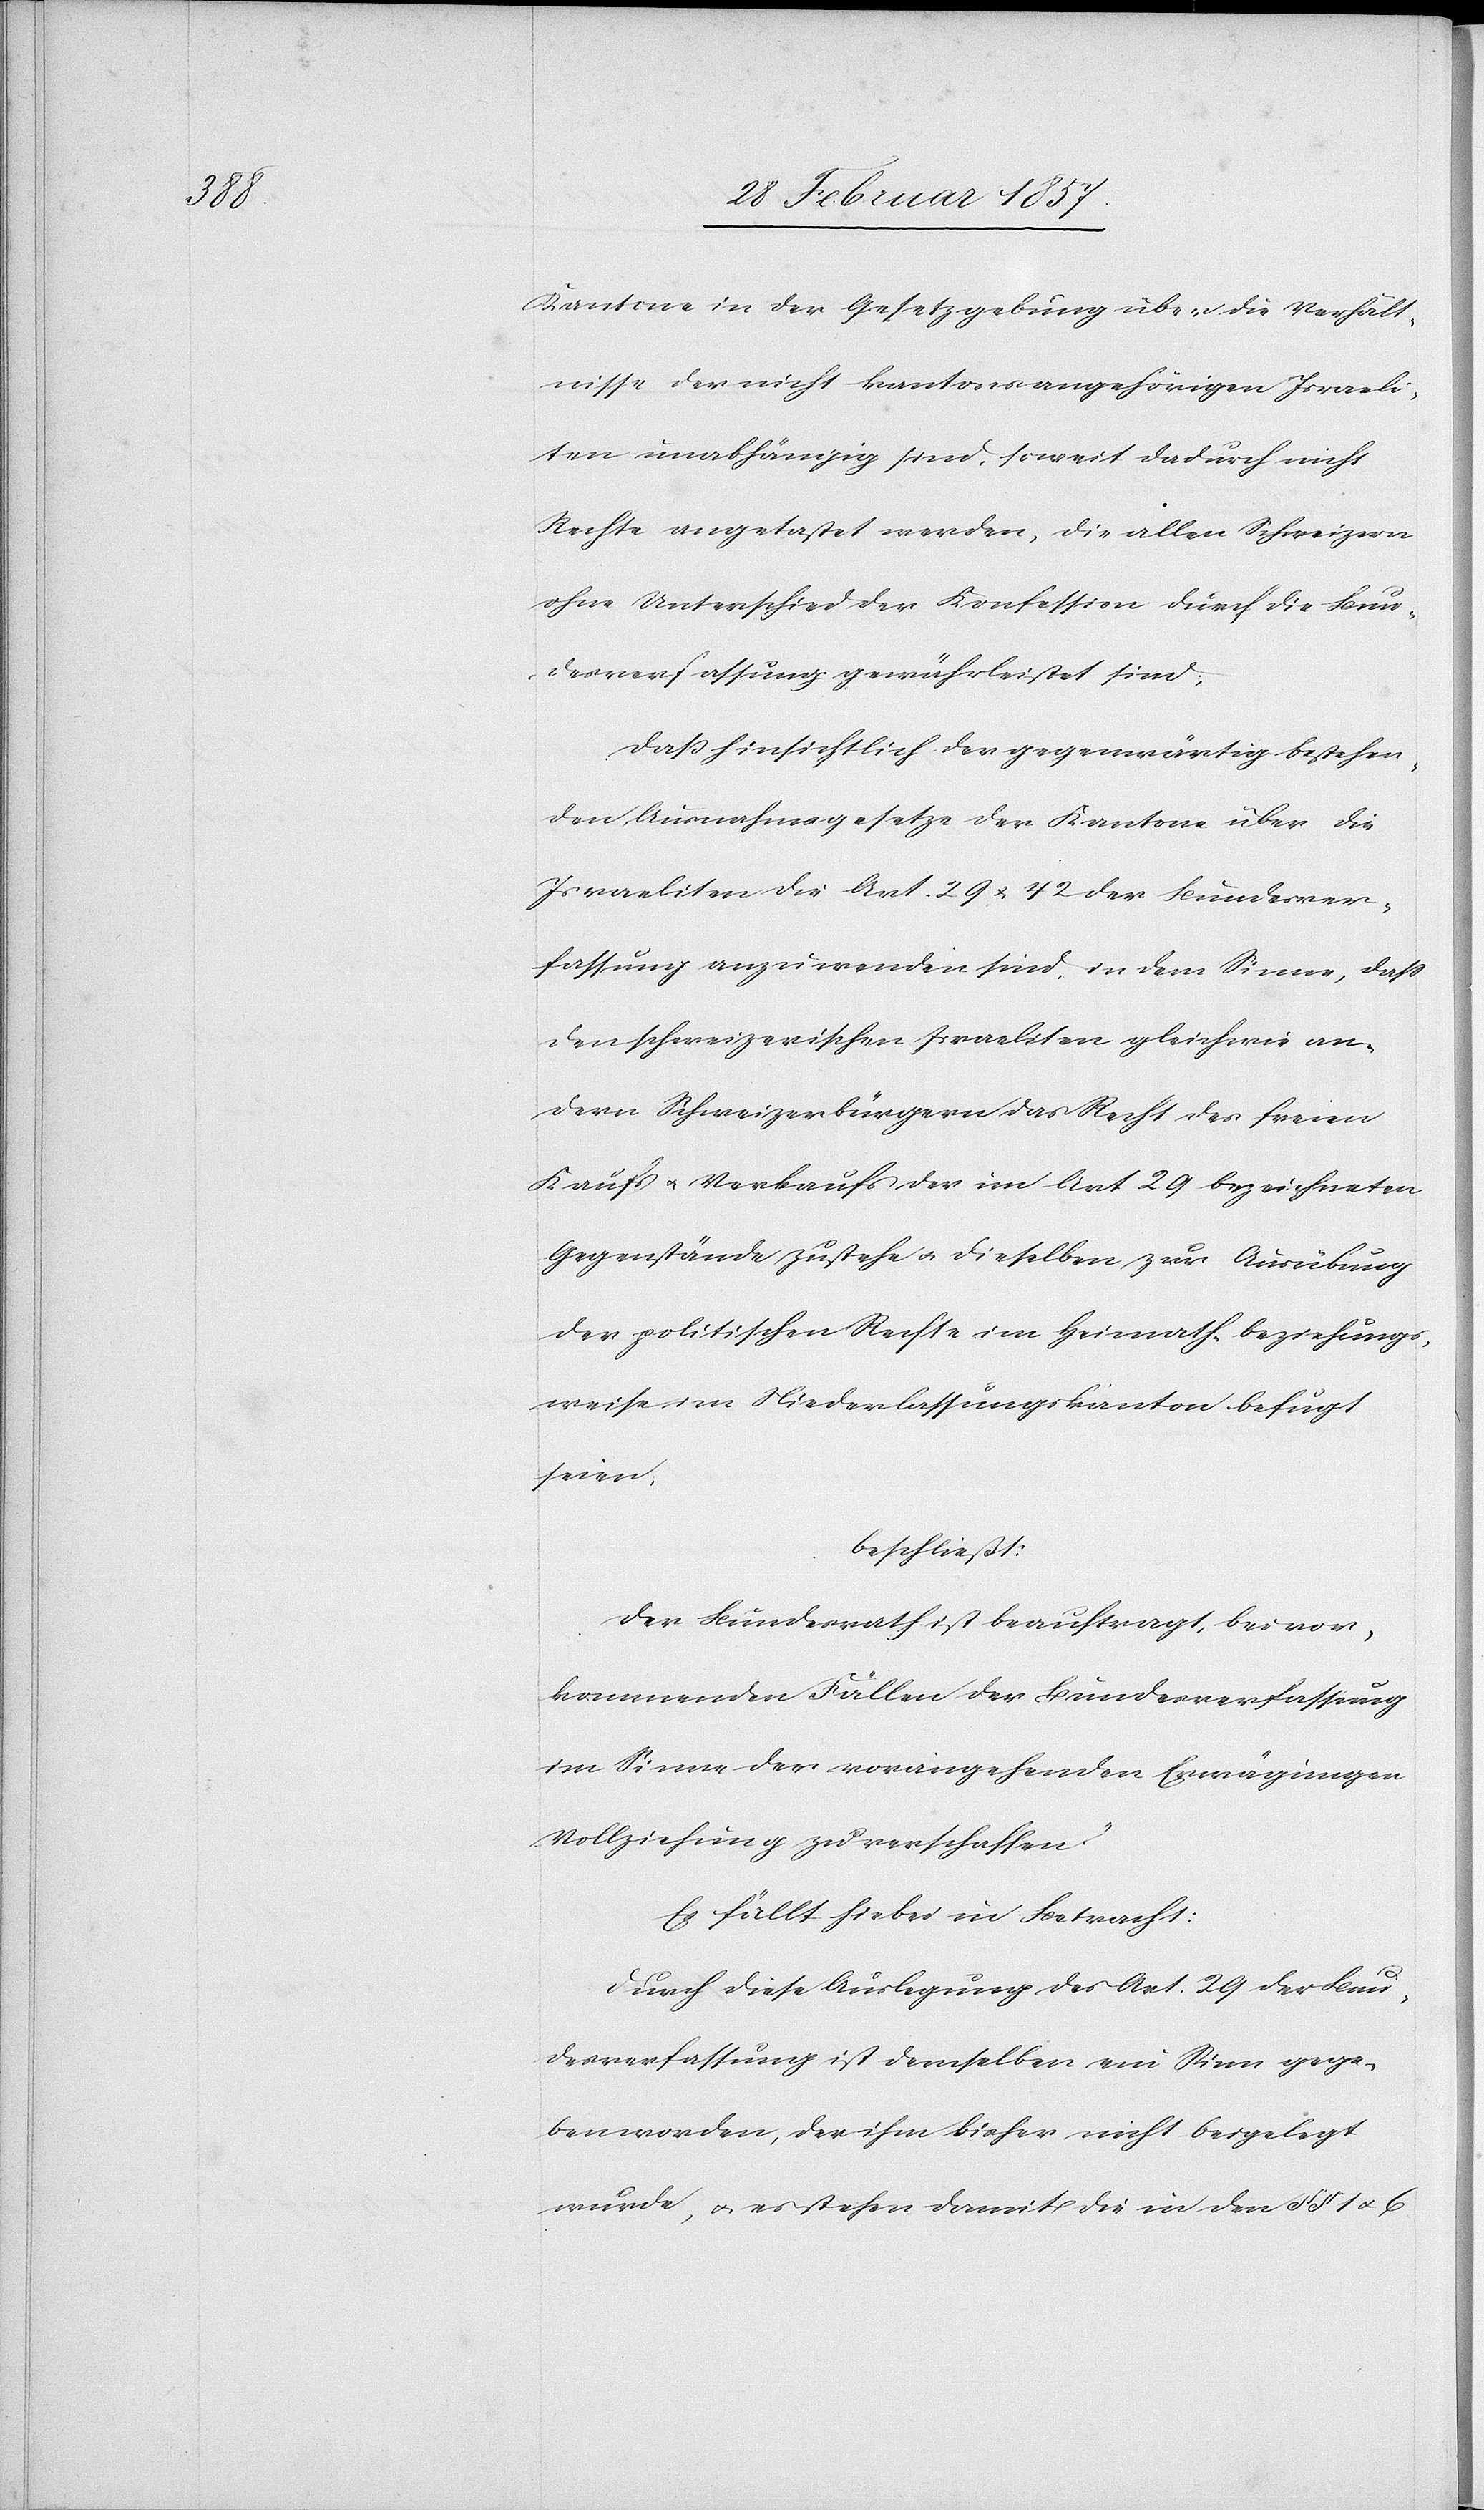
Kantone in der Gesetzgebung über die Verhält¬
nisse der nicht kantonsangehörigen Israeli¬
ten unabhängig sind, soweit dadurch nicht
Rechte angetastet werden, die allen Schweizern
ohne Unterschied der Konfession durch die Bun¬
desverfassung gewährleistet sind,
Daß hinsichtlich der gegenwärtig bestehen¬
den Ausnahmsgesetze der Kantone über die
Israeliten die Art. 29 u. 42 der Bundesver¬
fassung anzuwenden sind, in dem Sinne, daß
den schweizerischen Israeliten gleichwie an¬
dern Schweizerbürgern das Recht des freien
Kaufs u. Verkaufs der im Art 29 bezeichneten
Gegenstände zustehe u. dieselben zur Ausübung
der politischen Rechte im Heimath- beziehungs¬
weise im Niederlassungskanton befugt
seien,
beschließt:
Der Bundesrath ist beauftragt, bei vor¬
kommenden Fällen der Bundesverfassung
im Sinne der vorangehenden Erwägungen
Vollziehung zu verschaffen.
Es fällt hiebei in Betracht:
Durch diese Auslegung des Art. 29 der Bun¬
desverfassung ist demselben ein Sinn gege¬
ben worden, der ihm bisher nicht beigelegt
wurde, u. es stehen damit die in den § § 1 u. 6